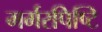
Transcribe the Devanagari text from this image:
मर्मरपिष्टि